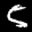
Label: 5